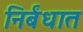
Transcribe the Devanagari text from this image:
निर्बंधात